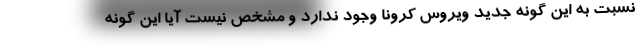
نسبت به این گونه جدید ویروس کرونا وجود ندارد و مشخص نیست آیا این گونه